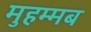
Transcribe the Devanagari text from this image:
मुहम्मब